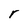
Character: r